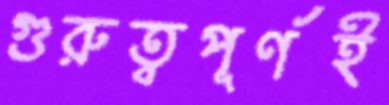
গুরুত্বপূর্ণই